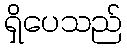
ရှိပေသည်